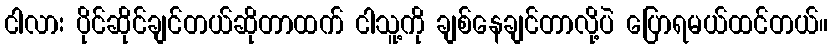
ငါလား ပိုင်ဆိုင်ချင်တယ်ဆိုတာထက် ငါသူ့ကို ချစ်နေချင်တာလို့ပဲ ပြောရမယ်ထင်တယ်။